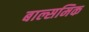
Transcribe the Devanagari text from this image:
बाल्समिक